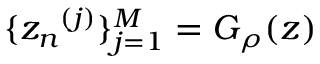
\{ \boldsymbol { z _ { n } } ^ { ( j ) } \} _ { j = 1 } ^ { M } = G _ { \rho } ( z )